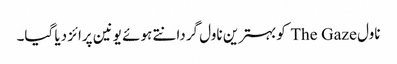
ناول The Gaze کوبہترین ناول گردانتے ہوئے یونین پرائز دیا گیا۔